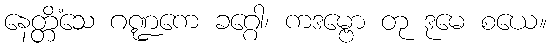
နေတ္တိံသေ ဂဏ္ဍကေ ခဂ္ဂေါ၊ ကဒမ္ဗော တု ဒုမေ စယေ။